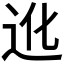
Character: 𲅒